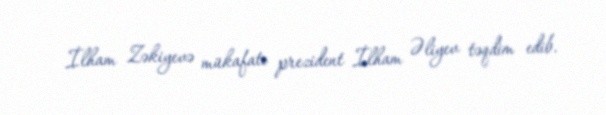
İlham Zəkiyevə mükafatı prezident İlham Əliyev təqdim edib.